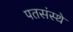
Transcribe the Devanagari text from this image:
पतसंस्थे